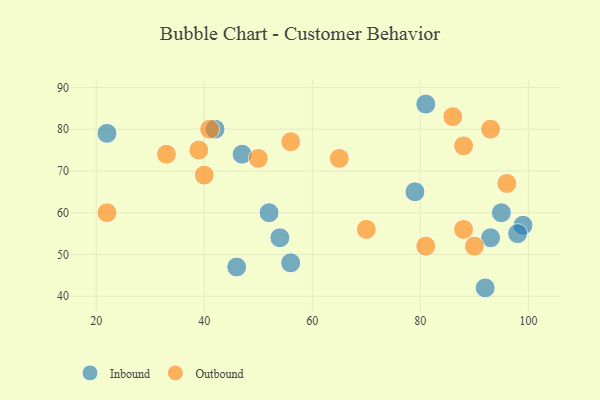
{"axis": {"x": "GDP", "y": "Life Expectancy"}, "legend": ["Inbound", "Outbound"], "data": [{"x": "93", "y": 54, "type": "Inbound"}, {"x": "95", "y": 60, "type": "Inbound"}, {"x": "81", "y": 86, "type": "Inbound"}, {"x": "56", "y": 48, "type": "Inbound"}, {"x": "42", "y": 80, "type": "Inbound"}, {"x": "22", "y": 79, "type": "Inbound"}, {"x": "79", "y": 65, "type": "Inbound"}, {"x": "54", "y": 54, "type": "Inbound"}, {"x": "47", "y": 74, "type": "Inbound"}, {"x": "46", "y": 47, "type": "Inbound"}, {"x": "52", "y": 60, "type": "Inbound"}, {"x": "92", "y": 42, "type": "Inbound"}, {"x": "99", "y": 57, "type": "Inbound"}, {"x": "98", "y": 55, "type": "Inbound"}, {"x": "81", "y": 52, "type": "Outbound"}, {"x": "50", "y": 73, "type": "Outbound"}, {"x": "88", "y": 56, "type": "Outbound"}, {"x": "86", "y": 83, "type": "Outbound"}, {"x": "70", "y": 56, "type": "Outbound"}, {"x": "33", "y": 74, "type": "Outbound"}, {"x": "41", "y": 80, "type": "Outbound"}, {"x": "90", "y": 52, "type": "Outbound"}, {"x": "56", "y": 77, "type": "Outbound"}, {"x": "93", "y": 80, "type": "Outbound"}, {"x": "39", "y": 75, "type": "Outbound"}, {"x": "88", "y": 76, "type": "Outbound"}, {"x": "40", "y": 69, "type": "Outbound"}, {"x": "96", "y": 67, "type": "Outbound"}, {"x": "22", "y": 60, "type": "Outbound"}, {"x": "65", "y": 73, "type": "Outbound"}]}